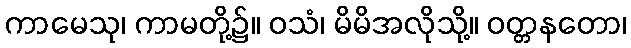
ကာမေသု၊ ကာမတို့၌။ ဝသံ၊ မိမိအလိုသို့။ ဝတ္တနတော၊